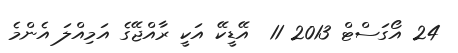
24 އޯގަސްޓް 2013 11  އޭޑީކޭ އަކީ ރާއްޖޭގެ އަމިއްލަ އެންމެ